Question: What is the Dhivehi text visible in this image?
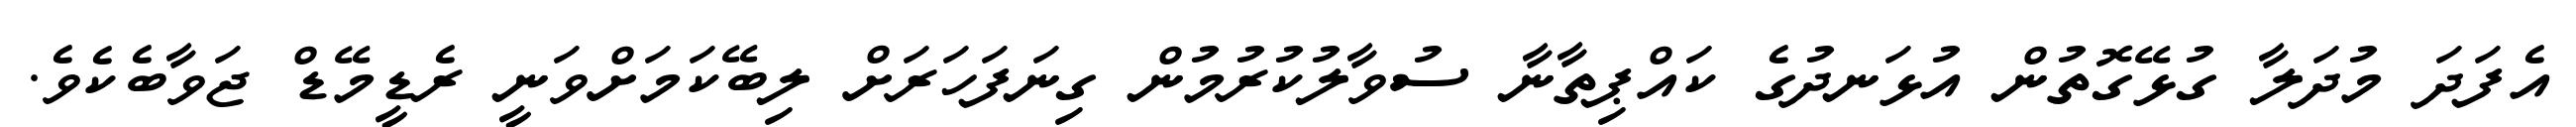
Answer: އެފަދަ މުދަލާ ގުޅޭގޮތުން އުޅަނދުގެ ކައްޕިތާނާ ސުވާލުކުރުމުން ގިނަފަހަރަށް ލިބޭކަމަށްވަނީ ރެޑީމޭޑް ޖަވާބެކެވެ.